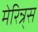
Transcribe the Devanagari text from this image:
मेरिन्र्स